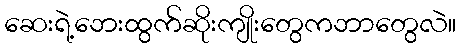
ဆေးရဲ့ဘေးထွက်ဆိုးကျိုးတွေကဘာတွေလဲ။